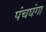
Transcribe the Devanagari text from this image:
पंचघंगा